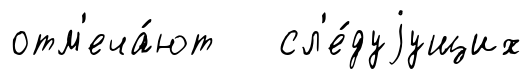
отм'еча́ют сл'е́дуjущих